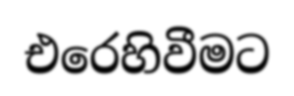
එරෙහිවීමට